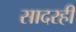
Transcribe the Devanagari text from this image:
सादरही